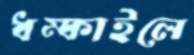
ধম্‌কাইলে